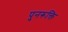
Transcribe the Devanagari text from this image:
पुनरूक्ति